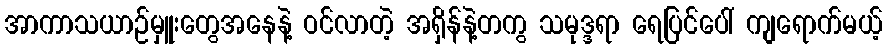
အာကာသယာဉ်မှူးတွေအနေနဲ့ ဝင်လာတဲ့ အရှိန်နဲ့တကွ သမုဒ္ဒရာ ရေပြင်ပေါ် ကျရောက်မယ့်